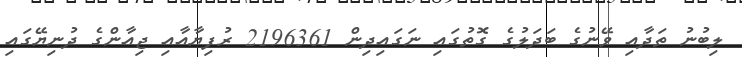
ލިބުނު ތަދާއި ވޭނުގެ ބަދަލުގެ ގޮތުގައި ނަގައިދިން 2196361 ރުފިޔާއާއި ޖިއާންގެ ދުނިޔޭގައި